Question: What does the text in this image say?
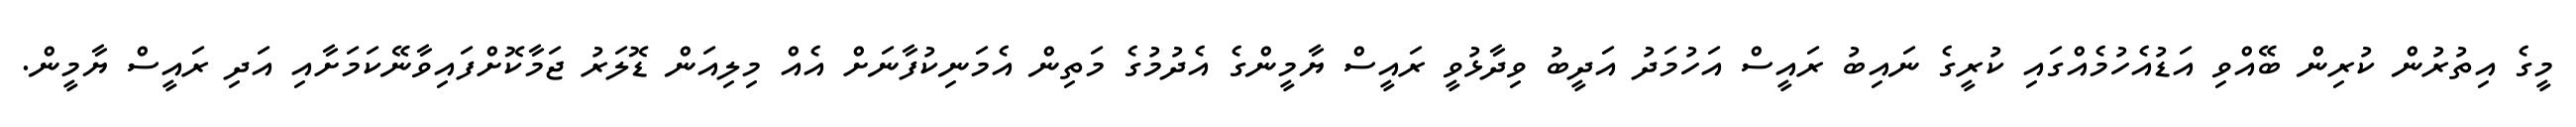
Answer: މީގެ އިތުރުން ކުރިން ބޭއްވި އަޑުއެހުމެއްގައި ކުރީގެ ނައިބު ރައީސް އަހުމަދު އަދީބު ވިދާޅުވީ ރައީސް ޔާމީންގެ އެދުމުގެ މަތިން އެމަނިކުފާނަށް އެއް މިލިއަން ޑޮލަރު ޖަމާކޮށްފައިވާނޭކަމަށާއި އަދި ރައީސް ޔާމީން.